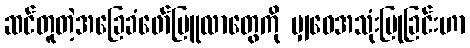
ဆင်တူတဲ့အခြေခံဖော်မြူလာတွေကို မျှဝေအသုံးပြုခြင်းဟာ